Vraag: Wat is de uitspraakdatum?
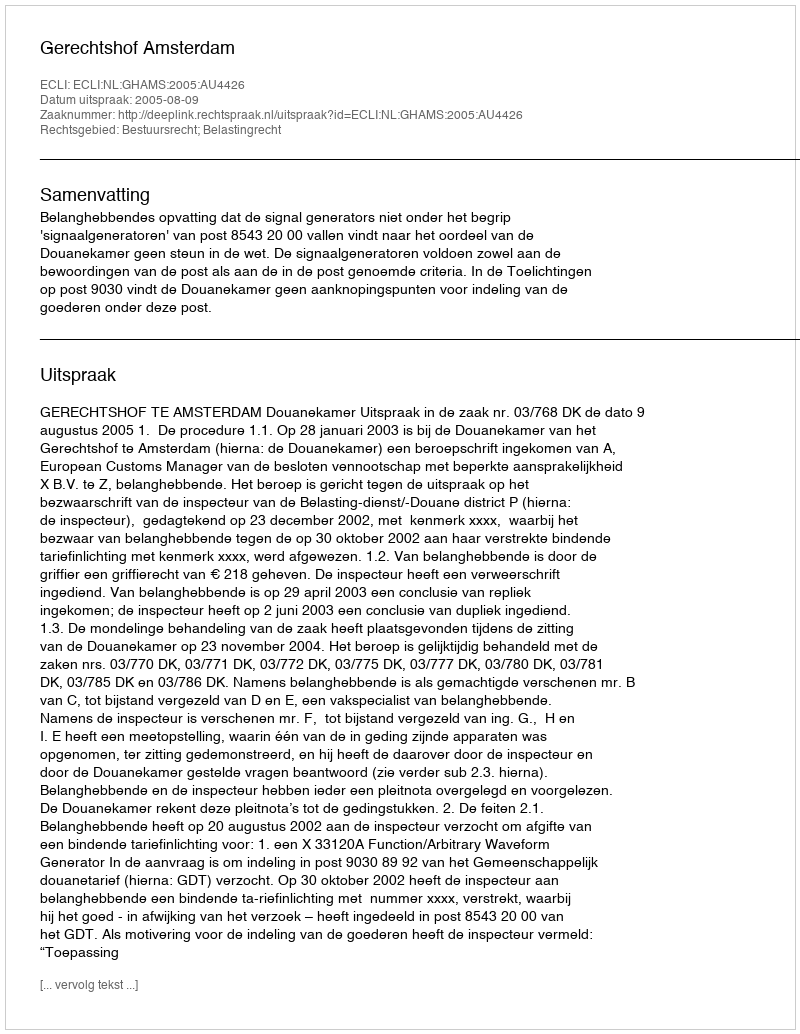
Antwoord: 2005-08-09